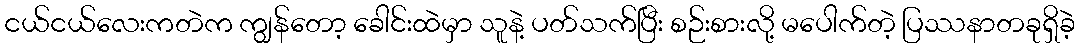
ငယ်ငယ်လေးကတဲက ကျွန်တော့ ခေါင်းထဲမှာ သူနဲ့ ပတ်သက်ပြီး စဉ်းစားလို့ မပေါက်တဲ့ ပြဿနာတခုရှိခဲ့